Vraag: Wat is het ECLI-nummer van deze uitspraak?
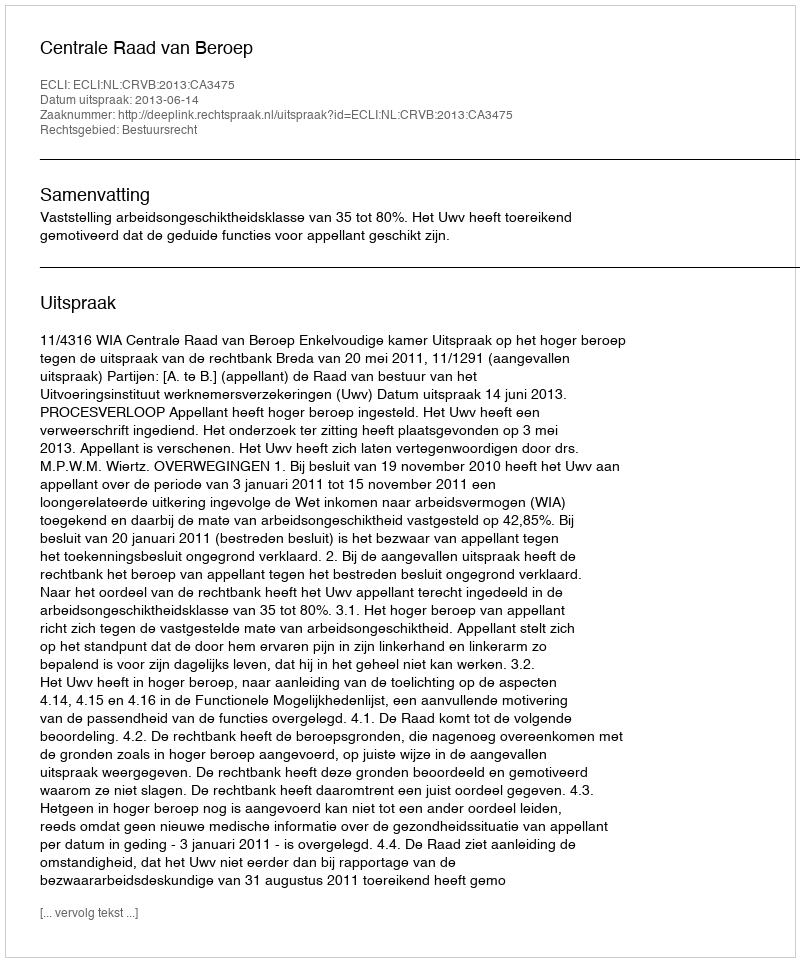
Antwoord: ECLI:NL:CRVB:2013:CA3475